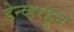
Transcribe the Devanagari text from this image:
डेन्व्हरहून